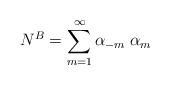
LaTeX: \begin{align*}N^B=\sum_{m=1}^{\infty}\alpha_{-m}\; \alpha_m\end{align*}